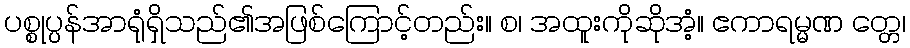
ပစ္စုပ္ပန်အာရုံရှိသည်၏အဖြစ်ကြောင့်တည်း။ စ၊ အထူးကိုဆိုအံ့။ ဧကာရမ္မဏ တ္တေ၊